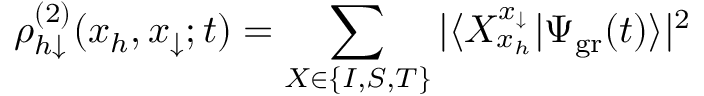
\rho _ { h \downarrow } ^ { ( 2 ) } ( x _ { h } , x _ { \downarrow } ; t ) = \sum _ { X \in \{ I , S , T \} } | \langle X _ { x _ { h } } ^ { x _ { \downarrow } } | \Psi _ { \mathrm { g r } } ( t ) \rangle | ^ { 2 }